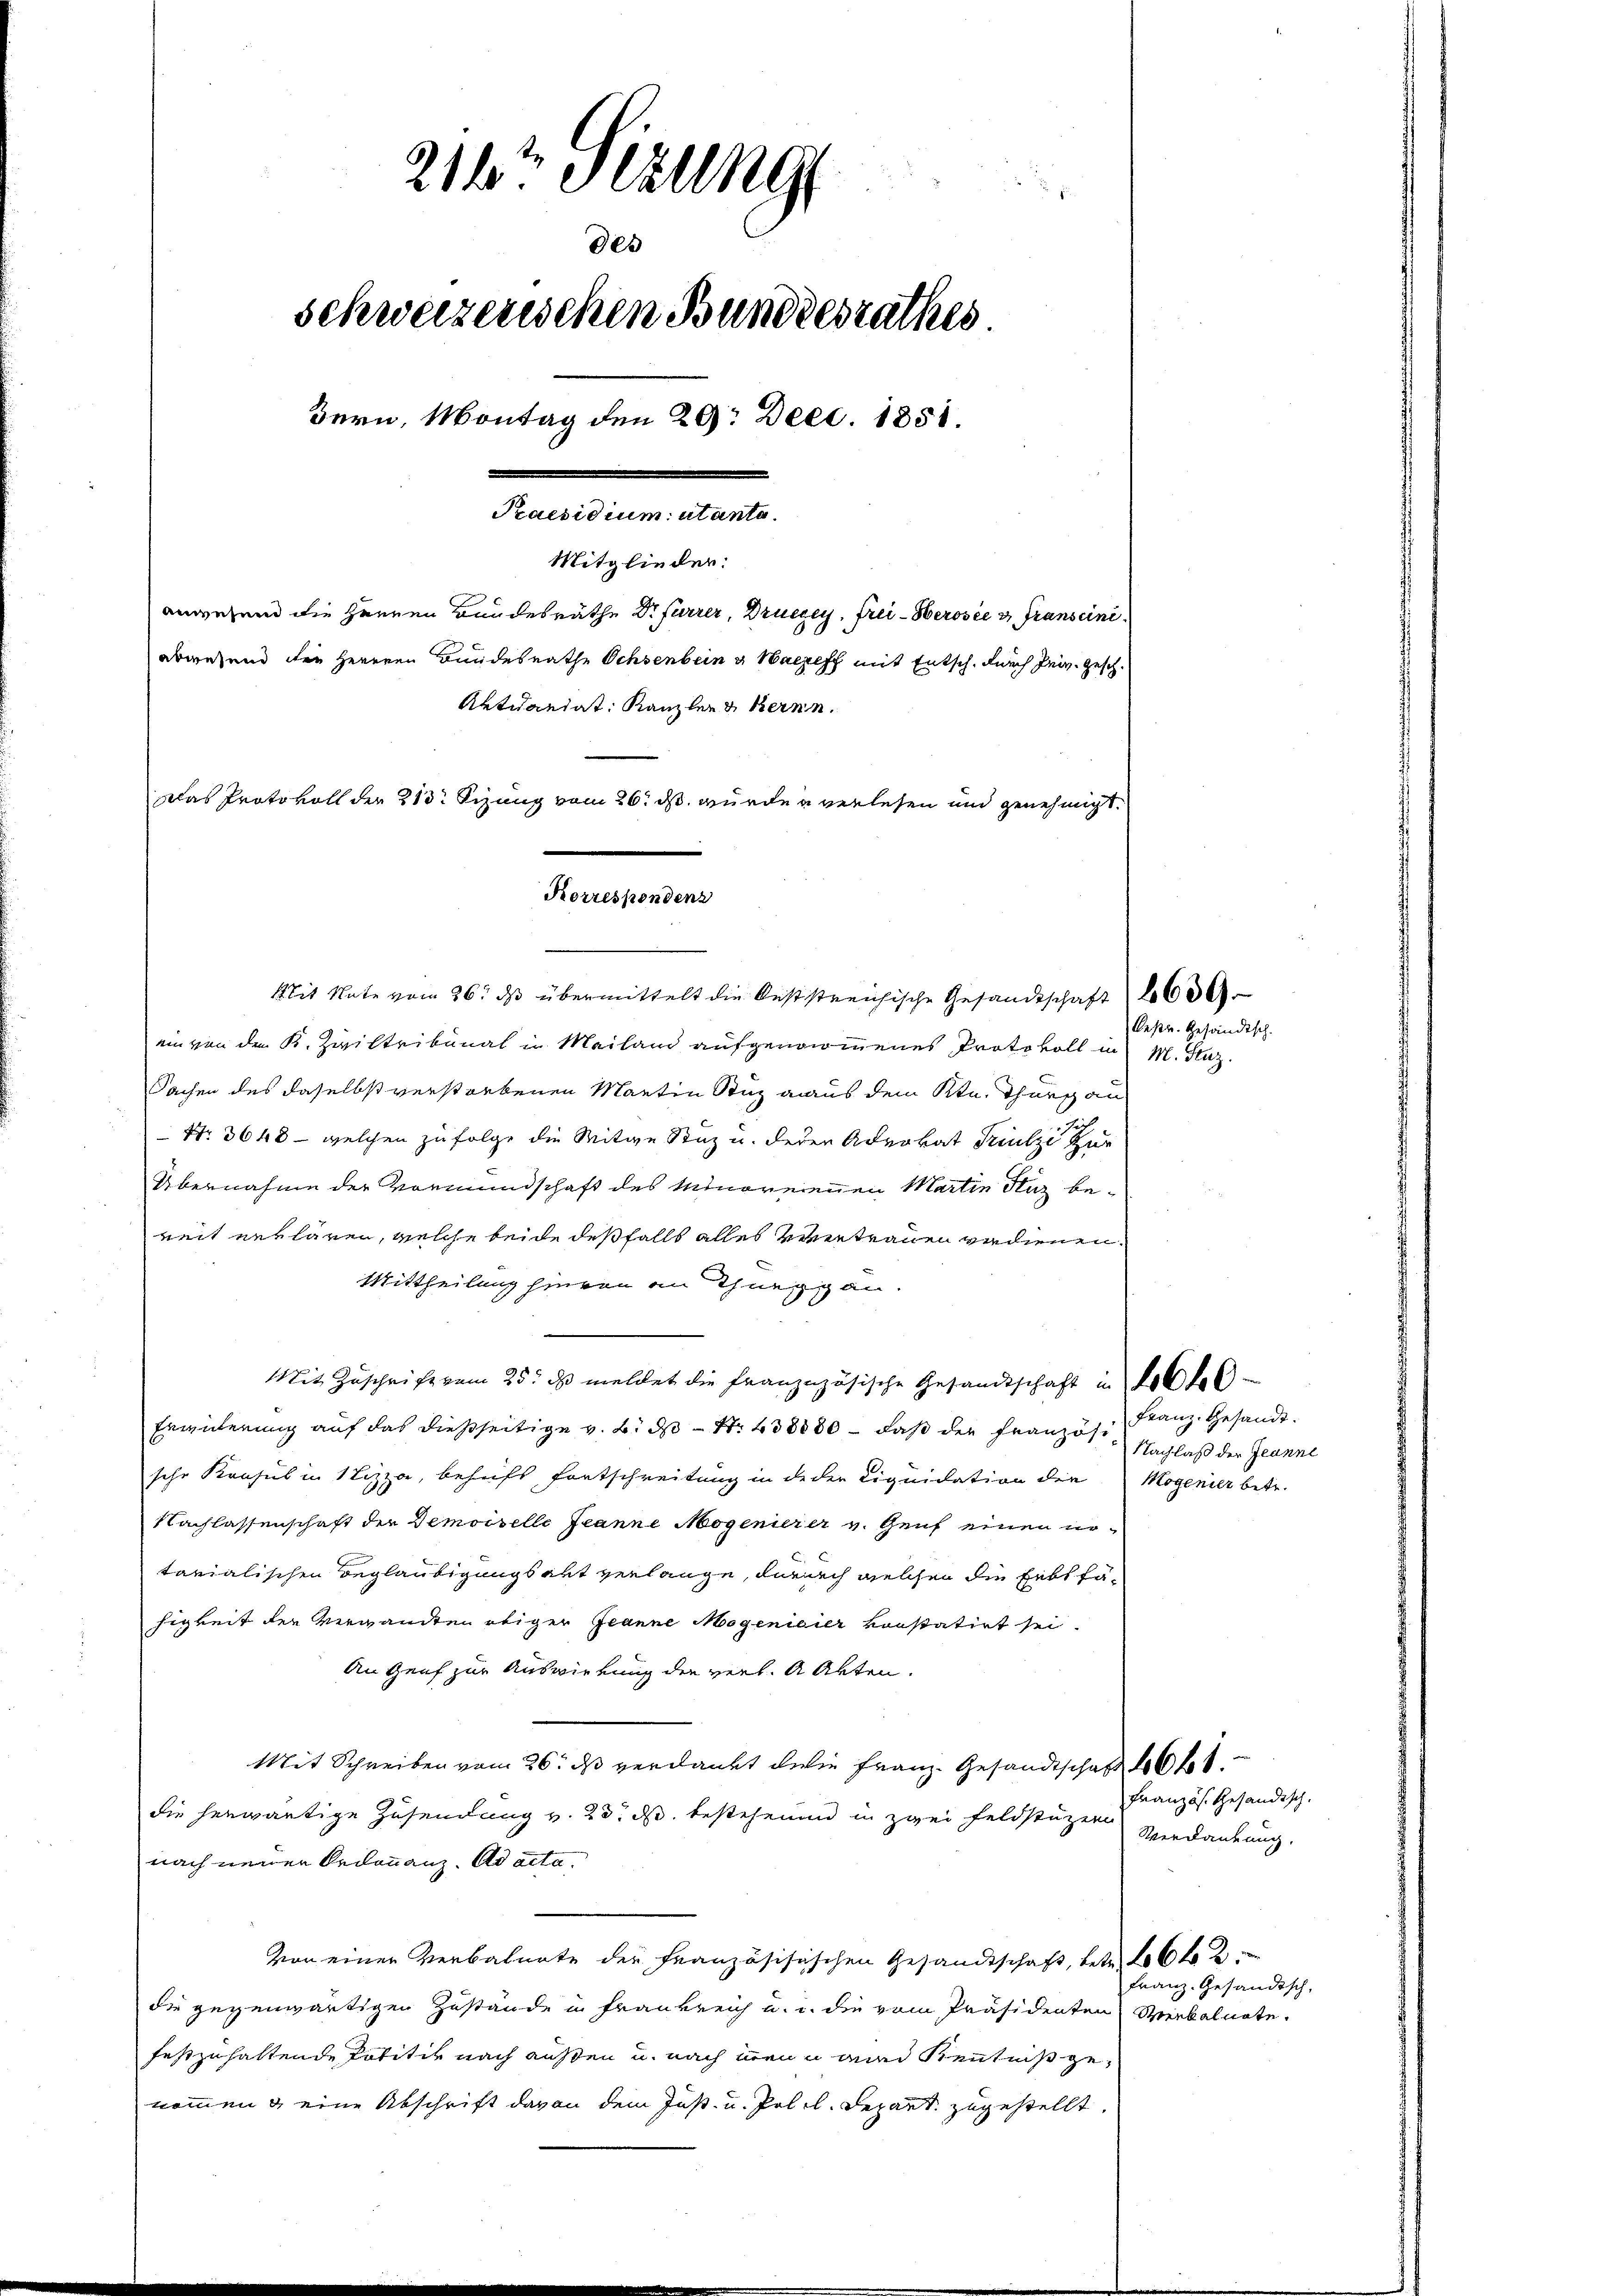
218t Sizung
des
schweizerischen Bundesrathes
Bern, Montag den 29. Dec. 1851.
Praesidium utanta.
Mitglieder:
anwesend die Herren Bundesräthe Dr Furrer, Druczey, Frei-Oberosee u. Transciniabwesend die Herren Bundesrathe Ochsenbein v. Waczeff mit Entsch, durch sein. Gesch.
Aktuariat Kanzler & Bernn
Das Protokoll der 213. Sizung vom 26. ds. wurden verlesen und genehmigt.

Korrespondenz
Mit Note vom 26. ds übermittelt die Feststreichische Gesandtschaft 600

ein von den K. Ziviltribunal in Mailand aufgenommenes Protokoll in M. Fluz.
Sachen des daselbst verstorbenen Martin Stuz aaus dem Ktn. Thurs an
Nr. 3648 - welchen zu folge die Witwe Stuz u. deren Advokat Triulze zur
Übernahme der Vormundschaft des Minorenenen Martin Stuz bereit erklären, welche beide desfalls alles vertrauen verdienen,
Mittheilung hievon an Thuegg an
Mit Zuschrift vom 25. ds meldet die franznzösische Gesandtschaft in folle
Erwuterung auf das dießseitige v. 2. ds N. 38000 – daß der Französische Konsul in Nizza, behufs Fortschreitung in de der Liquidation der Mogenier betr.
Nachlassenschaft der Demoiselle Jeanne Mogenierer v. Genf einen urtarialischen Beglaubigungsakt verlange, darnach welchen die Erbsfähigkeit der Verwandten obiger Jeanne Mogenicier vorstatirt sei.
An Genf zur Auswirkung der verl. A Akten.
Mit Schreiben vom 26. ds verdankt die Franz. Gesandtschaft 40 f
die herwärtige Zusendung v. 23. ds. bestehenen in zwei Feldstüzern
nach neuer Ordonnanz. Ad acta.
Von einer Verbatirte der Französisischen Gesandtschaft, betr. 206 f 2
die gegenwärtigen Zustände in Frankreich u. u. die vom Präsidenten Merkalnote.
festzuhaltende Petitiv nach außen u. nach wenn an Kenntniß genommen & eine Abschrift davon dem Just- u. Poll. Separt zugestellt.

Bestr. Gesandtsch.

Franz. Gesandt.
Nachlaß der Jeanne

Französ. Gesandisch.
Verdankung.
Franz. Gesandtsch,